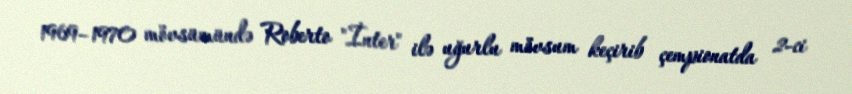
1969–1970 mövsümündə Roberto "İnter" ilə uğurlu mövsum keçirib çempionatda 2-ci